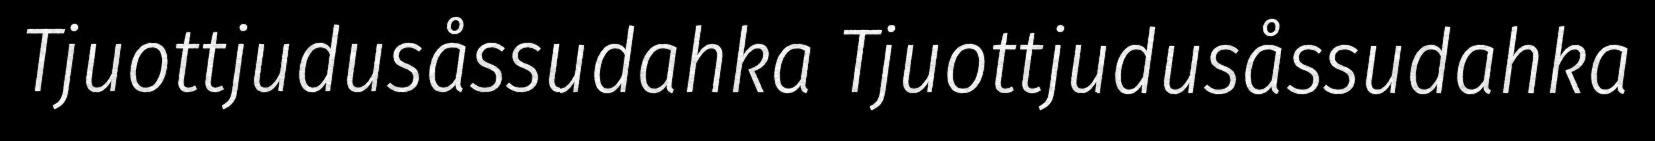
Tjuottjudusåssudahka Tjuottjudusåssudahka